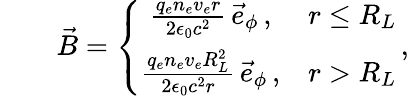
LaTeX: \begin{array}{rlr}&{}&{\vec{B}=\left\{ \begin{array}{cc}{\frac{q_{e}n_{e}v_{e}r}{2\epsilon_{0}c^{2}}\, \vec{e}_{\phi}\, ,}&{r\le R_{L}}\\ {\frac{q_{e}n_{e}v_{e}R_{L}^{2}}{2\epsilon_{0}c^{2}r}\, \vec{e}_{\phi}\, ,}&{r>R_{L}}\end{array}\right.\, ,}\end{array}